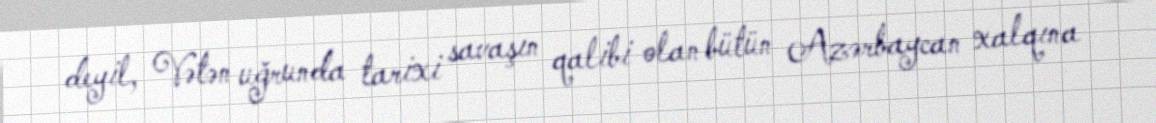
deyil, Vətən uğrunda tarixi savaşın qalibi olan bütün Azərbaycan xalqına